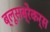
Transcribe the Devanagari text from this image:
ब्लूसब्रेकर्स